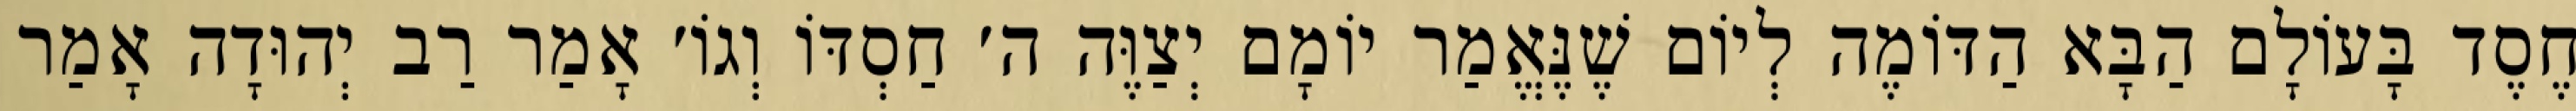
חֶסֶד בָּעוֹלָם הַבָּא הַדּוֹמֶה לְיוֹם שֶׁנֶּאֱמַר יוֹמָם יְצַוֶּה ה׳ חַסְדּוֹ וְגוֹ׳ אָמַר רַב יְהוּדָה אָמַר